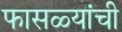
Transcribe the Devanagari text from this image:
फासळ्यांची